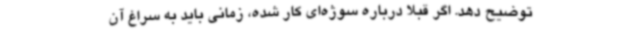
توضیح دهد. اگر قبلا درباره سوژه‌ای کار شده، زمانی باید به سراغ آن